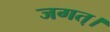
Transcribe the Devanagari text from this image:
जगत्‌।